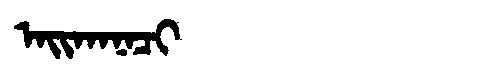
Manchu: ᠠᡳᡴᠠᠨᠠᠴᡳ
Romanization: AIKANACI